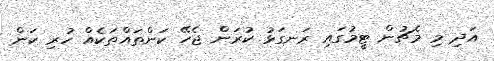
އަދި މި މެޗުން ޓީމުގައި ރަނގަޅު ކުރަން ޖެހޭ ކަންތައްތަކެއް ހުރި ކަން